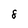
Character: 8